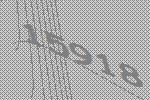
15918